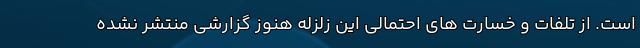
است. از تلفات و خسارت های احتمالی این زلزله هنوز گزارشی منتشر نشده